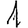
Digit: 1